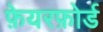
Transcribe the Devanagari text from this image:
फ़ेयरफ़ोर्ड